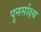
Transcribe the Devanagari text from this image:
पुनर्साक्ष्य